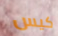
كيس